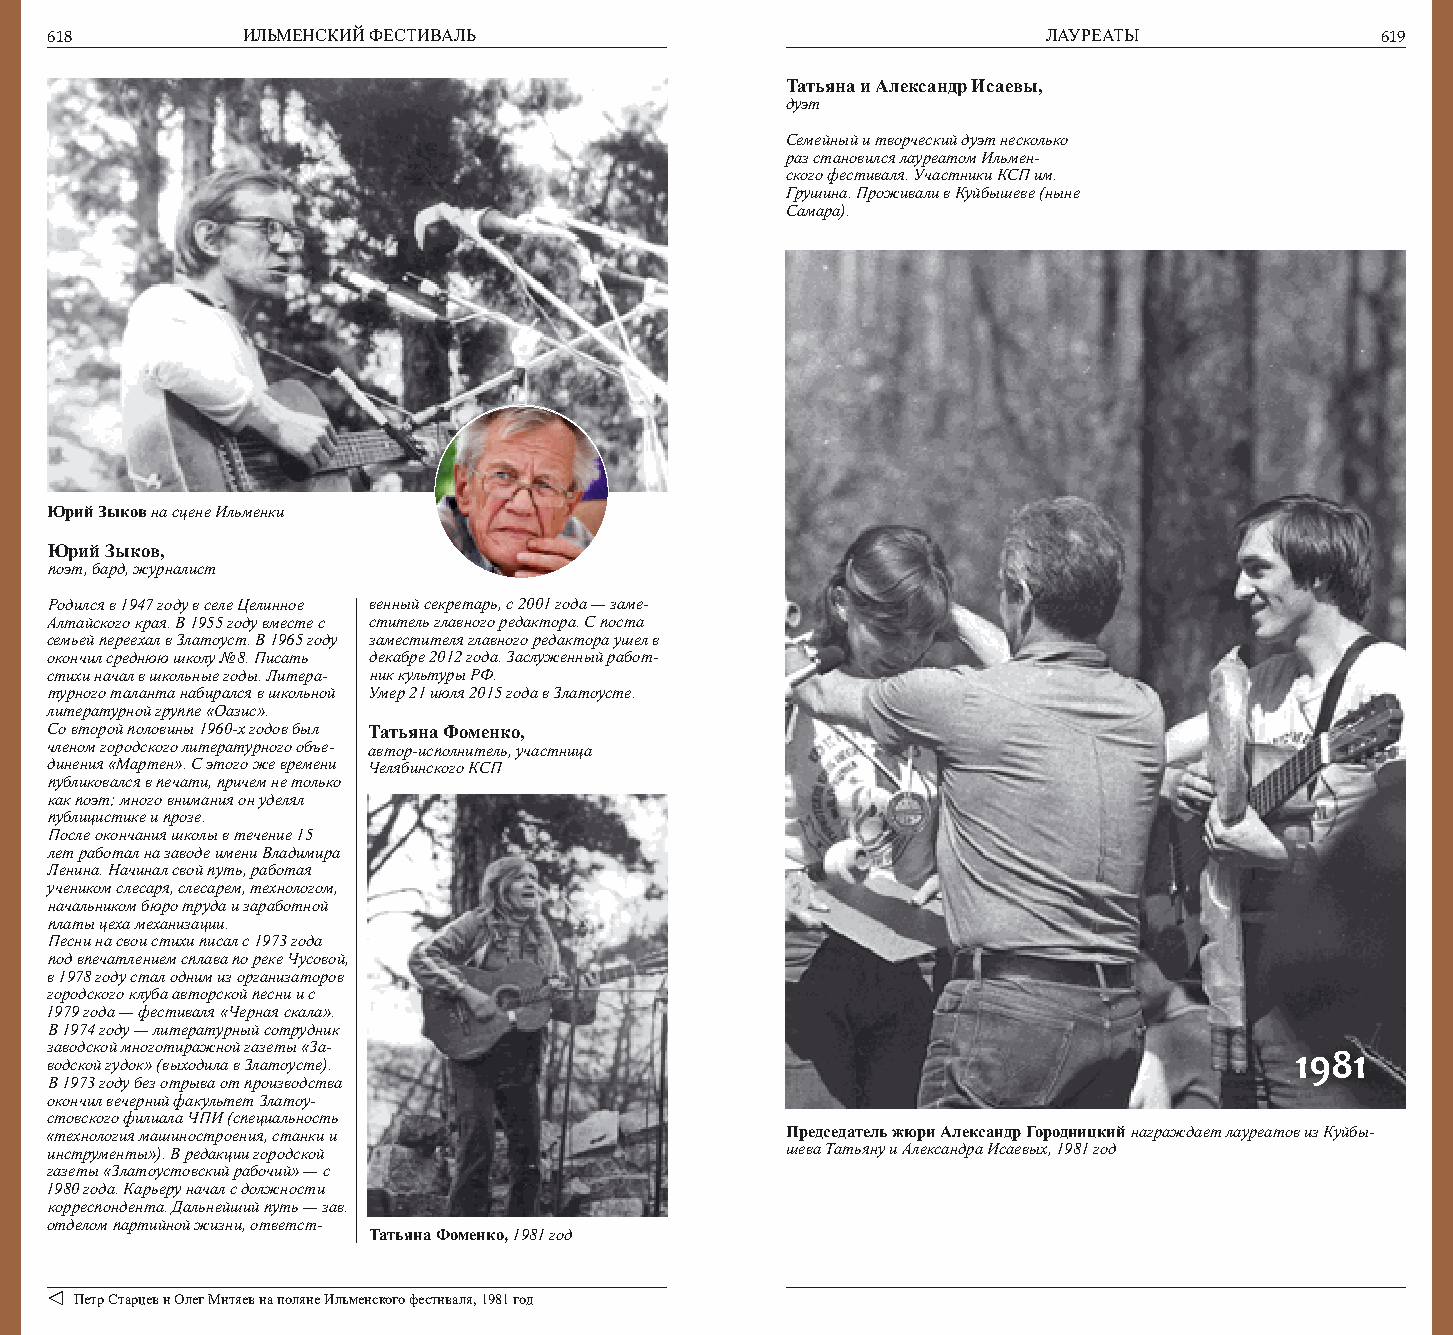
618          ИЛЬМЕНСКИЙ ФЕСТИВАЛЬ                                 ЛАУРЕАТЫ              619
 Татьяна и Александр Исаевы,
 дуэт
 Семейный и творческий дуэт несколько
 раз становился лауреатом Ильмен-
 ского фестиваля. Участники КСП им.
 Грушина. Проживали в Куйбышеве (ныне
 Самара).
 Юрий Зыков на сцене Ильменки
 Юрий Зыков,
 поэт, бард, журналист
 Родился в 1947 году в селе Целинное венный секретарь, с 2001 года — заме-
 Алтайского края. В 1955 году вместе с ститель главного редактора. С поста
 семьей переехал в Златоуст. В 1965 году заместителя главного редактора ушел в
 окончил среднюю школу № 8. Писать декабре 2012 года. Заслуженный работ-
 стихи начал в школьные годы. Литера- ник культуры РФ.
 турного таланта набирался в школьной Умер 21 июля 2015 года в Златоусте.
 литературной группе «Оазис».
 Со второй половины 1960-х годов был Татьяна Фоменко,
 членом городского литературного объе- автор-исполнитель, участница
 динения «Мартен». С этого же времени Челябинского КСП
 публиковался в печати, причем не только
 как поэт; много внимания он уделял
 публицистике и прозе.
 После окончания школы в течение 15
 лет работал на заводе имени Владимира
 Ленина. Начинал свой путь, работая
 учеником слесаря, слесарем, технологом,
 начальником бюро труда и заработной
 платы цеха механизации.
 Песни на свои стихи писал с 1973 года
 под впечатлением сплава по реке Чусовой,
 в 1978 году стал одним из организаторов
 городского клуба авторской песни и с
 1979 года — фестиваля «Черная скала».
 В 1974 году — литературный сотрудник
 заводской многотиражной газеты «За-
 1981
 водской гудок» (выходила в Златоусте).
 В 1973 году без отрыва от производства
 окончил вечерний факультет Златоу-
 стовского филиала ЧПИ (специальность
 «технология машиностроения, станки и             Председатель жюри Александр Городницкий награждает лауреатов из Куйбы-
 инструменты»). В редакции городской              шева Татьяну и Александра Исаевых, 1981 год
 газеты «Златоустовский рабочий» — с
 1980 года. Карьеру начал с должности
 корреспондента. Дальнейший путь — зав.
 отделом партийной жизни, ответст-
 Татьяна Фоменко, 1981 год
 Петр Старцев и Олег Митяев на поляне Ильменского фестиваля, 1981 год